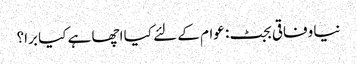
نیا وفاقی بجٹ: عوام کے لئے کیا اچھا ہے کیا برا؟